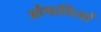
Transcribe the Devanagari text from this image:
औषाधियों